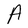
Character: A